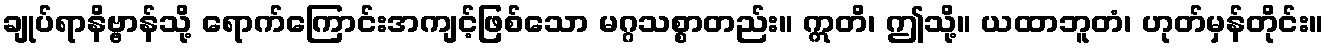
ချုပ်ရာနိဗ္ဗာန်သို့ ရောက်ကြောင်းအကျင့်ဖြစ်သော မဂ္ဂသစ္စာတည်း။ ဣတိ၊ ဤသို့။ ယထာဘူတံ၊ ဟုတ်မှန်တိုင်း။